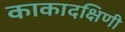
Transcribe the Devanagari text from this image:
काकादक्षिणी